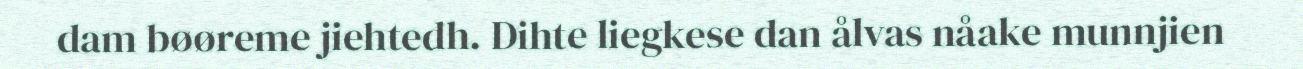
dam bøøreme jiehtedh. Dihte liegkese dan ålvas nåake munnjien